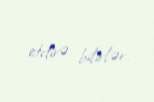
etdirə bilirlər.